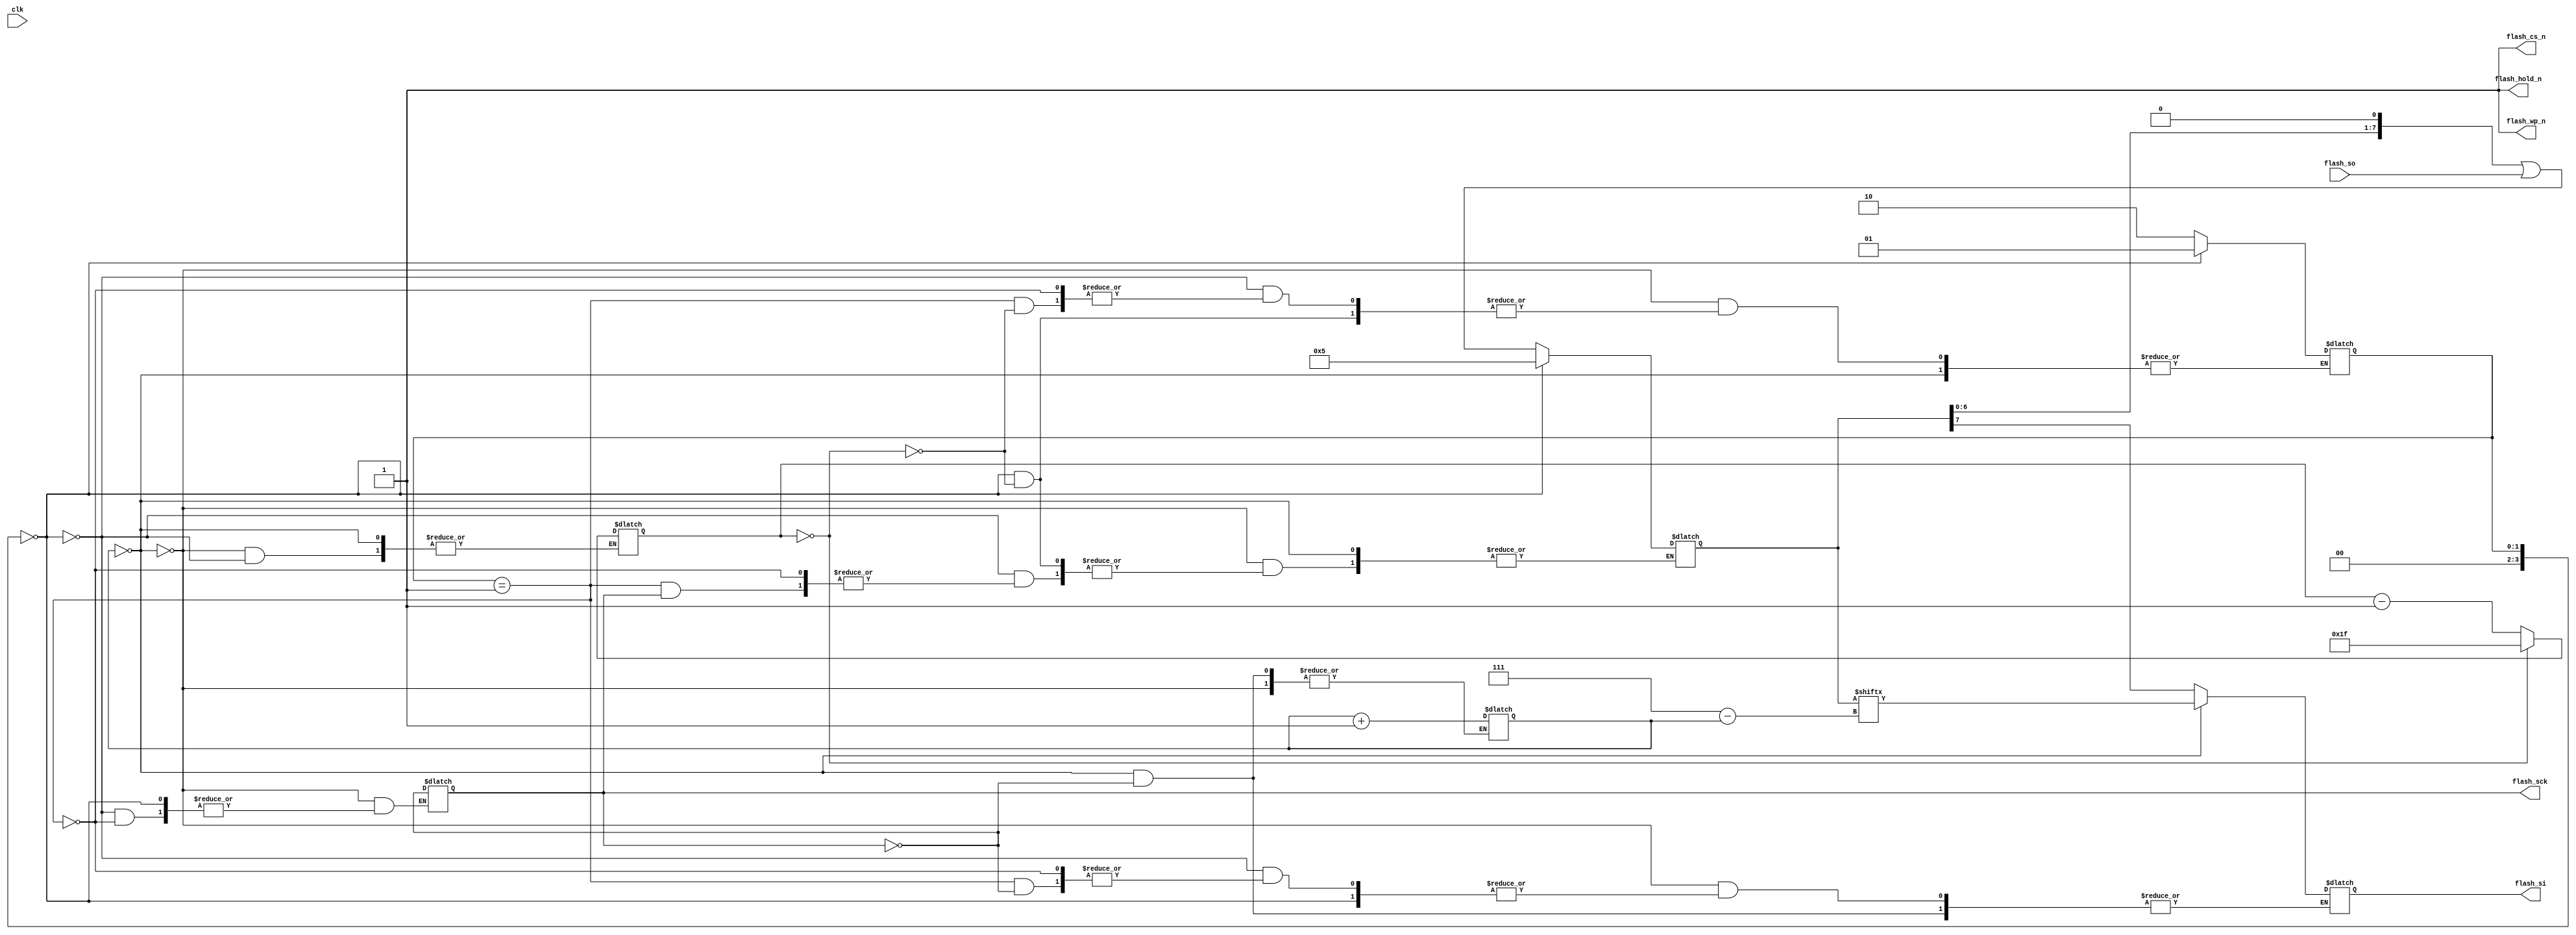
`timescale 1us/1us

module hello (
  input wire clk,

  output reg flash_si = 0,
  input wire flash_so,
  output reg flash_sck = 0,
  output reg flash_cs_n = 1,
  output reg flash_wp_n = 1,
  output reg flash_hold_n = 1
);

`define STATE_INIT   0
`define STATE_STATUS 1
`define STATE_COPY   2

  reg [3:0] state = `STATE_INIT;
  reg [16:0] state_ttl = 8;

  reg [7:0] shift = 8'b00000000;

  reg [3:0] bit_count;

  reg [3:0] cmd_bits;

  always @(clk) begin
    if (cmd_bits == 0) begin
      if (flash_sck == 1) begin
        flash_si <= shift[7-cmd_bits];
        cmd_bits <= cmd_bits + 1; // nah this is fucked
      end
      flash_sck <= ~flash_sck;
    end else if (state == `STATE_INIT) begin
      state_ttl <= state_ttl - 1;
      if (state_ttl == 0) begin
        shift <= 8'b0000_0101; // RDSR
        state <= `STATE_STATUS;
        state_ttl <= 31;
      end
    end else if (state == `STATE_STATUS) begin
      if (flash_sck == 1) flash_si <= shift[7];
      if (flash_sck == 0) shift <= (shift << 1) | flash_so;
      flash_sck <= ~flash_sck;
      if (state_ttl == 0) begin
        state <= `STATE_COPY;
      end
    end else if (state == `STATE_COPY) begin
    end
  end

endmodule